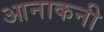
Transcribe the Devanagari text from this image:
आनाकनी